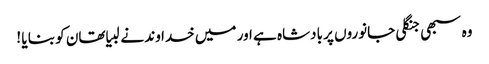
وہ سبھی جنگلی جانوروں پر بادشاہ ہے اور میں خدا وند نے لبیا تھان کو بنا یا !